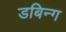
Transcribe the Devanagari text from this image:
डबिन्ग